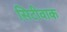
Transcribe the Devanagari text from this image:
सिटीवाक